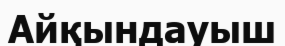
Айқындауыш